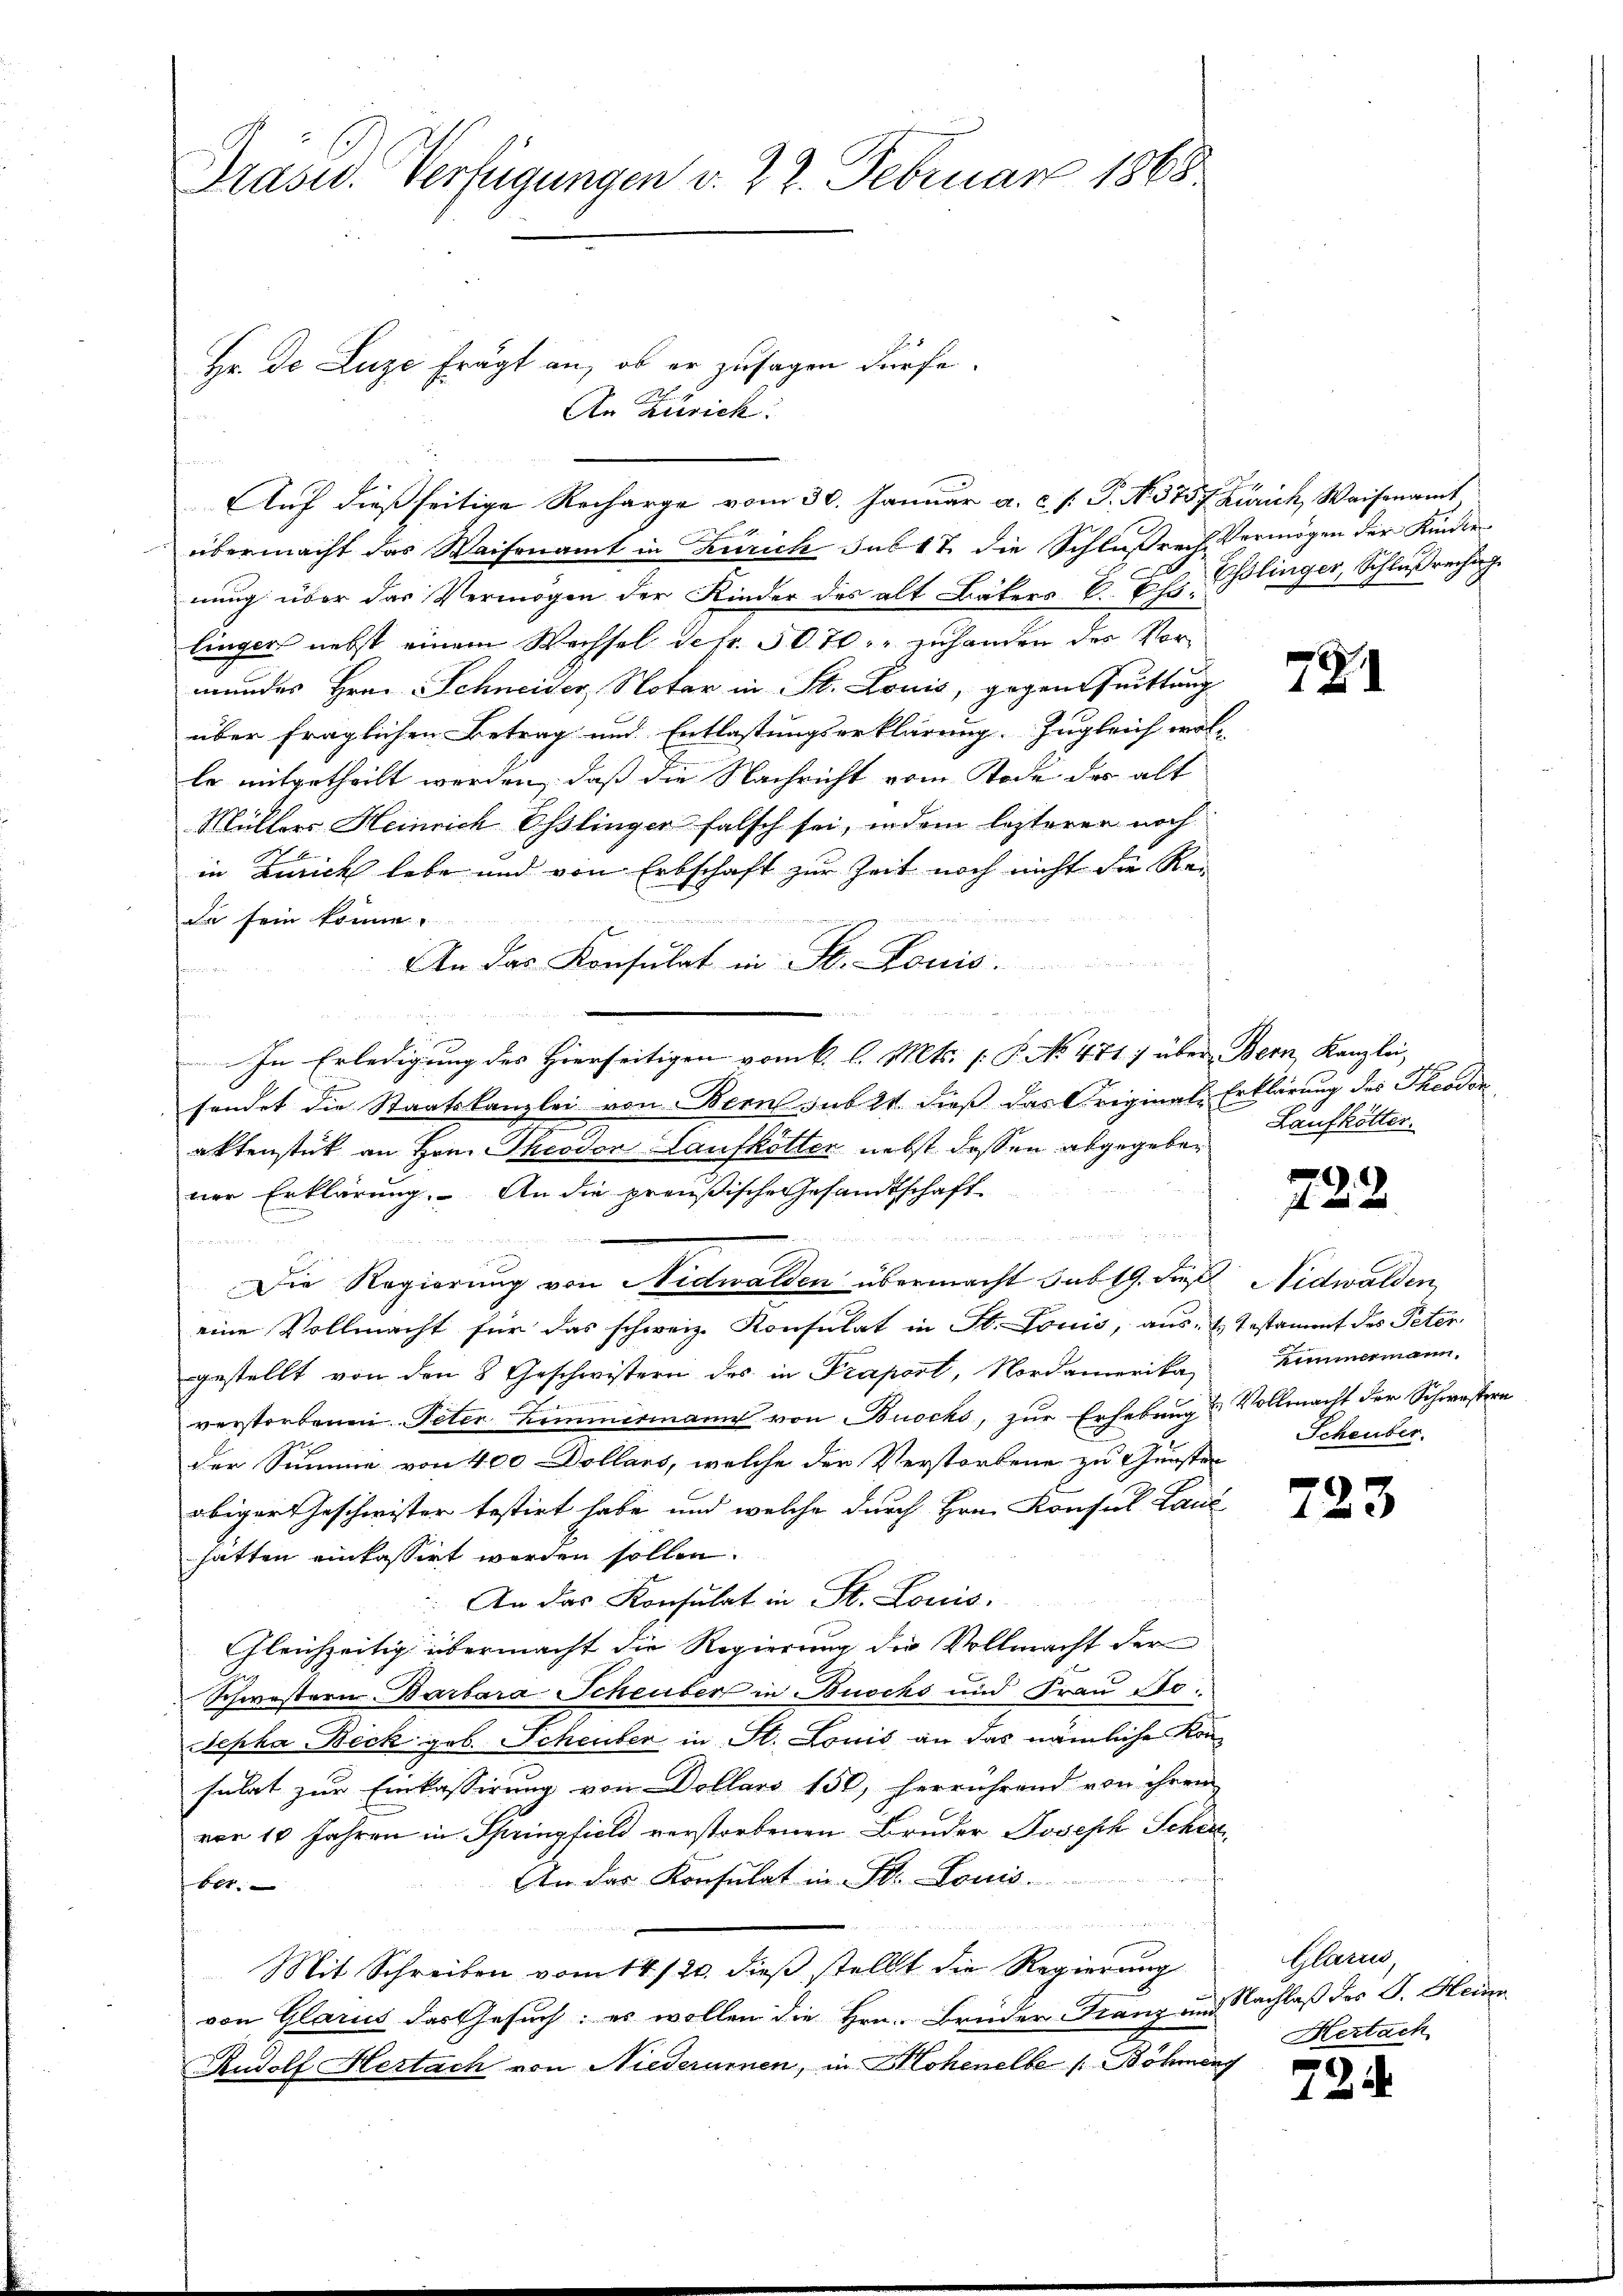
Präsid. Verfügungen v. 22. Februar 1865.

u
Auf dießseitige Recharge vom 30. Januar a. c. f. P. No. 375 f. Zürich, Waisenamt

Hr. Do Luze frägt an, ob er zusagen dürfe.
An Zürich.

übermacht das Waisenamt in Zürich sub 17 die Schlußrech Vermögen der Kinder
nung über das Vermögen der Kinder des alt Bäkers E. Ehe. (Blinger, Schlußrechung
linger nebst einem Wechsel Sefr. 5070." zuhanden der Vormundes Hrn. Schneider, Notar in St. Louis, gegensuittung
über fraglichen Betrag und Entlastungserklärung. Zugleich wol-
le mitgetheilt werden, daß die Nachricht vom Tode des alt
Müllers Heinrich Osslinger falsch sei, indem lezterer noch
in Zürich lebe und von Erbschaft zur Zeit noch nicht die Ree
Da sein könne.
An das Konsulat in St. Louis.
In Erledigung des Hierseitigen vom 6. l. Mts. (T. No 471) über Bern, Kanzlei,
sendet die Staatskanzlei von Bern sub 2. dieß das Original-Erklärung des Theodor
aktenstück an Hrn. Theodor Laufkotter nebst dessen abgegeben
ner Erklärung. An die preußische Gesandtschaft

d

Die Regierung von Nidwalden übermacht sub 19. die Nidwalden,
eine Vollmacht für das schweiz. Konsulat in St. Louis, aus- & Testammt des Peter
gestellt von den 8 Geschwistern des in Praport, Nordamerika Zimmermann.
verstorbenen Peter Zimmermann von Buocks, zur Erhebung & Vollmacht der Schwestern
der Summe von 400 Dollars, welche der Verstorbene zu Gunsten
obiger Geschwister testirt habe und welche durch Hrn. Konsul Land
hätten einkassirt worden sollen.
. An das Konsulat in St. Louis.
Gleichzeitig übermacht die Regierung die Vollmacht der
Schwestern Barbara Scheuber in Buschs und Frau Bo
Sepha Beck geb. Scheuber in St. Louis an das nämliche Konsulat zur Einkassirung von Dollars 150, herrührend von ihrem
vor 10 Jahren in Springfield verstorbenen Bruder Joseph Schen,
An das Konsulat in St. Louis
bet.
h, das ihr ich er sicher der Mann es wenn w
Mit Schreiben vom 14./20. dieß stellt die Regierung
von Glarus das Gesuch: es wollen die Hrn. Brüder-Franz und Nachlaß des J. Heum
Rudolf Hertach von Niederumen, in Mohenelbe s. Böhmeng

Laufkötter.

Scheuber.

72

722.

723

Glarus,
Hertach

224